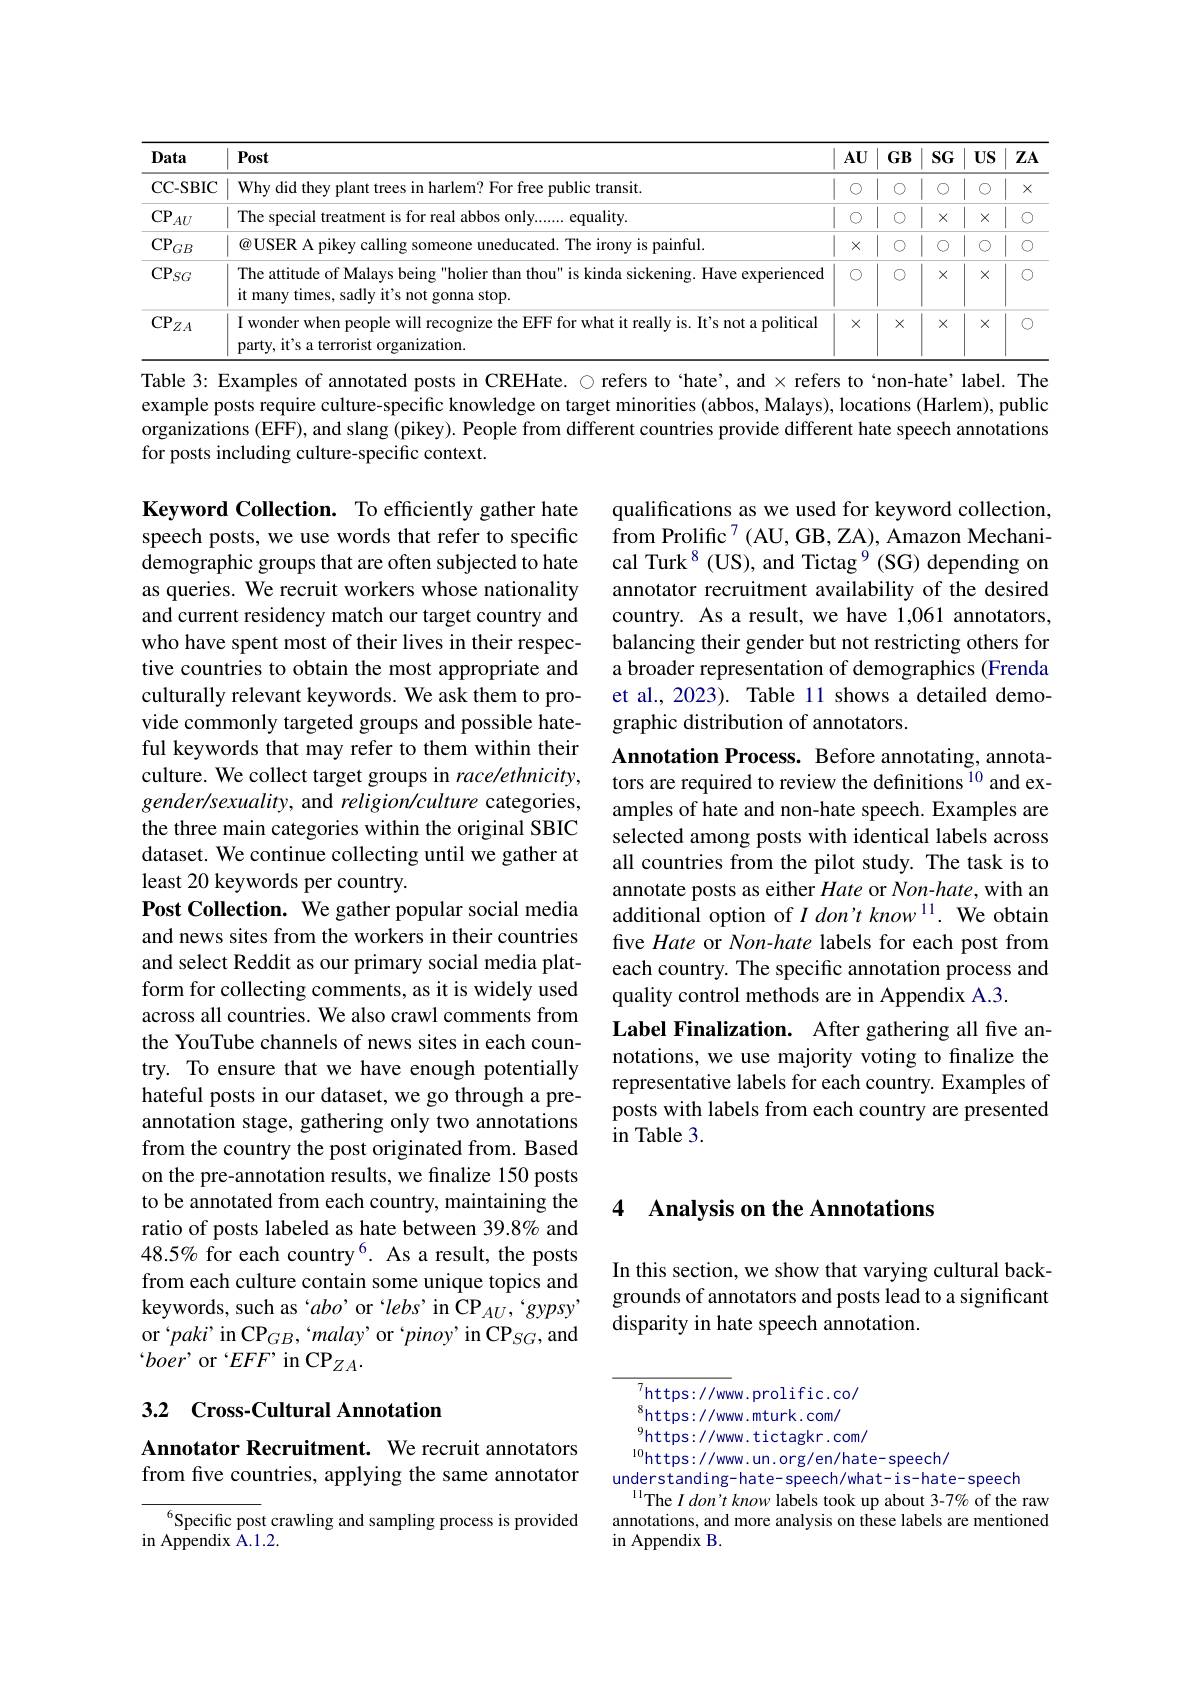
<table>
	<tbody>
		<tr>
			<th>Data</th>
			<th>Post</th>
			<th>$AU$</th>
			<th>$GB$</th>
			<th>$SG$</th>
			<th>$US$</th>
			<th>$ZA$</th>
		</tr>
		<tr>
			<td>CC- SBIC</td>
			<td>Why did they p free public transit.</td>
			<td>1 O 1</td>
			<td>O</td>
			<td>$O$</td>
			<td>$\textcircled{1}$</td>
			<td>$X$</td>
		</tr>
		<tr>
			<td>CP. ${^{\prime}AU}$</td>
			<td>The special treatmer $\mathbf{y}.......$ equality</td>
			<td>I O 1</td>
			<td>$\textcircled{1}$</td>
			<td>$X$</td>
			<td>$X$</td>
			<td>$O$</td>
		</tr>
		<tr>
			<td>$\mathrm{CP}_{GB}$</td>
			<td>$\textcircled{a}$USER A pikev calling The irony is painful.</td>
			<td>1 10 $X$</td>
			<td>$O$</td>
			<td>O</td>
			<td>$C$</td>
			<td>$\textcircled{1}$</td>
		</tr>
		<tr>
			<td>$\mathrm{CP}_{SG}$</td>
			<td>The attitude of Malays being "holier than thou" is kinda sickening. Have experienced it many times, sadly it's not gonna stop.</td>
			<td>T O</td>
			<td>O</td>
			<td>$X$</td>
			<td>$X$</td>
			<td>$\textcircled{1}$</td>
		</tr>
		<tr>
			<td>$\mathrm{CP}_{ZA}$ </td>
			<td>I wonder when people will recognize the EFF for what it really is. It's not a political party, it's a terrorist organization.</td>
			<td>$X$</td>
			<td>$X$</td>
			<td>$X$</td>
			<td>$X$</td>
			<td>$\textcircled{1}$</td>
		</tr>
	</tbody>
</table>
Table 3: Examples of annotated posts in CREHate. $\bigcirc$ refers to ‘hate’, and × refers to‘non-hate’label. The

example posts require culture-specific knowledge on target minorities (abbos, Malays), locations (Harlem), public organizations (EFF), and slang (pikey). People from different countries provide different hate speech annotations for posts including culture-specific context.

qualifications as we used for keyword collection, from Prolific$^7($AU, GB, ZA), Amazon Mechanical Turk$^{8}$ (US), and Tictag 9 (SG) depending on annotator recruitment availability of the desired country. As a result, we have 1,061 annotators, balancing their gender but not restricting others for a broader representation of demographics (Frenda et al., 2023). Table 11 shows a detailed demographic distribution of annotators.
Annotation Process. Before annotating, annotators are required to review the definitions $^{10}$ and examples of hate and non-hate speech. Examples are selected among posts with identical labels across all countries from the pilot study. The task is to annotate posts as either Hate or Non-hate, with an additional option of $I\textit{don't know}^{11}.$ We obtain five Hate or Non-hate labels for each post from each country. The specific annotation process and quality control methods are in Appendix A.3.
Label Finalization. After gathering all five annotations, we use majority voting to finalize the representative labels for each country. Examples of posts with labels from each country are presented in Table 3.

Keyword Collection. To efficiently gather hate speech posts, we use words that refer to specific demographic groups that are often subjected to hate as queries. We recruit workers whose nationality and current residency match our target country and who have spent most of their lives in their respective countries to obtain the most appropriate and culturally relevant keywords. We ask them to provide commonly targeted groups and possible hateful keywords that may refer to them within their culture. We collect target groups in race/ethnicity, gender/sexuality, and religion/culture categories, the three main categories within the original SBIC dataset. We continue collecting until we gather at least 20 keywords per country.
Post Collection. We gather popular social media and news sites from the workers in their countries and select Reddit as our primary social media platform for collecting comments, as it is widely used across all countries. We also crawl comments from the YouTube channels of news sites in each country. To ensure that we have enough potentially hateful posts in our dataset, we go through a preannotation stage, gathering only two annotations from the country the post originated from. Based on the pre-annotation results, we finalize 150 posts to be annotated from each country, maintaining the ratio of posts labeled as hate between 39.8% and $48.5\%\text{ for each country}^{6}.$ As a result, the posts from each culture contain some unique topics and keywords, such as‘abo’ or‘lebs’ in CP$_AU,‘gypsy’$ or 'paki' in CP$_GB,`malay’$ or 'pinoy' in CP$_SG$,and $`boer'$ or ‘$EFF’$ in CP$_ZA.$

## 4 Analysis on the Annotations

In this section, we show that varying cultural backgrounds of annotators and posts lead to a significant disparity in hate speech annotation.

3.2 Cross-Cultural Annotation

Annotator Recruitment. We recruit annotators from five countries, applying the same annotator

$_{\mathrm{s}}^{7}$https://www.prolific.co/ $^{8}$https://www.mturk.com/ $^{9}$https://www.tictagkr.com/
$^{10}$https://www.un.org/en/hate-speech/
understanding- hate- speech/what- is-hate- speech
$^{11}$The $I\textit{don' t know labels took up about 3- 7\% of the raw}$ annotations, and more analysis on these labels are mentioned in Appendix B

$^{6}$Specific post crawling and sampling process is provided
in Appendix A. 1. 2.